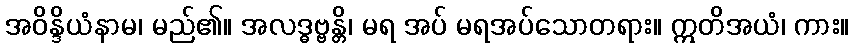
အဝိန္ဒိယံနာမ၊ မည်၏။ အလဒ္ဓဗ္ဗန္တိ၊ မရ အပ် မရအပ်သောတရား။ ဣတိအယံ၊ ကား။